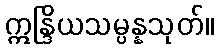
ဣန္ဒြိယသမ္ပန္နသုတ်။